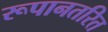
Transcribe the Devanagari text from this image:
रूपानतरित